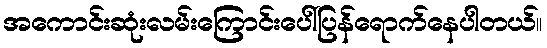
အကောင်းဆုံးလမ်းကြောင်းပေါ်ပြန်ရောက်နေပါတယ်။